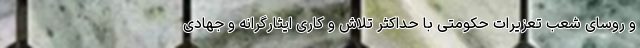
و روسای شعب تعزیرات حکومتی با حداکثر تلاش و کاری ایثارگرانه و جهادی